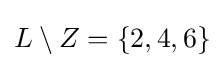
L\setminus Z=\{2,4,6\}